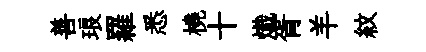
善琅羅悉橈十熾胥羊紋